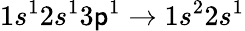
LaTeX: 1s^{1}2s^{1}3\mathsf{p}^{1}\rightarrow1s^{2}2s^{1}